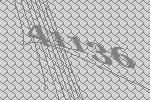
41136